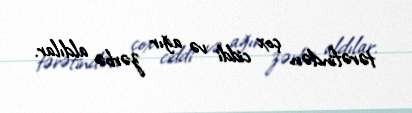
tərəfindən çox ciddi və ağır zərbə aldılar.